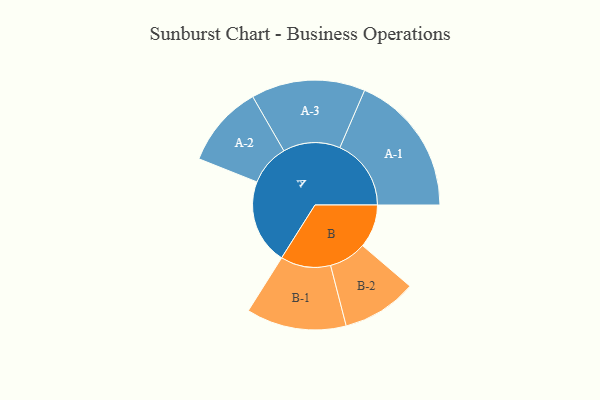
{"axis": {"x": "Segment", "y": "Value"}, "legend": ["", "A", "B"], "data": [{"x": "A", "y": 304, "type": ""}, {"x": "B", "y": 155, "type": ""}, {"x": "A-1", "y": 255, "type": "A"}, {"x": "A-2", "y": 147, "type": "A"}, {"x": "A-3", "y": 204, "type": "A"}, {"x": "B-1", "y": 179, "type": "B"}, {"x": "B-2", "y": 134, "type": "B"}]}